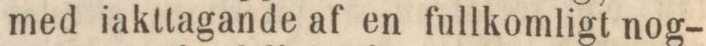
med iakttagande af en fullkomligt nog-